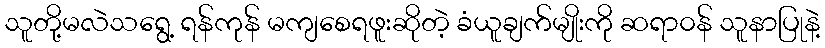
သူတို့မလဲသရွေ့ ရန်ကုန် မကျစေရဖူးဆိုတဲ့ ခံယူချက်မျိုးကို ဆရာ၀န် သူနာပြုနဲ့